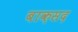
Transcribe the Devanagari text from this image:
बाक़सद